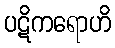
ပဋိကရောဟိ